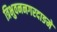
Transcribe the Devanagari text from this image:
त्रिभुवननगरदाङमे